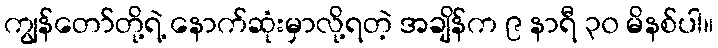
ကျွန်တော်တို့ရဲ့ နောက်ဆုံးမှာလို့ရတဲ့ အချိန်က ၉ နာရီ ၃၀ မိနစ်ပါ။